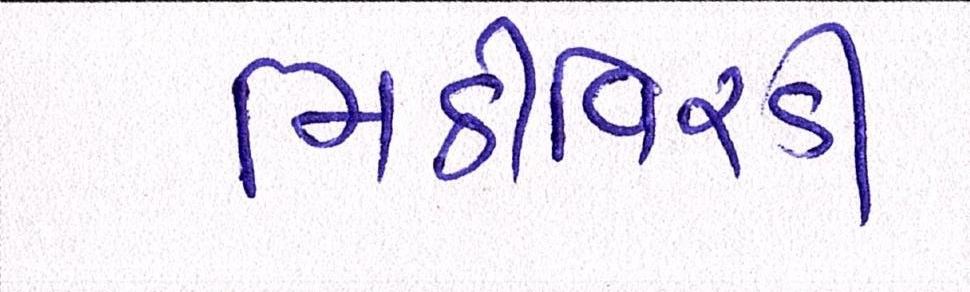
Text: મિઠીવિરડી